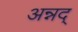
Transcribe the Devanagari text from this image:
अन्नद्